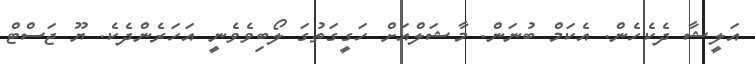
އަލީޝާ ދެކެހެން. އެކަމް ބުނަން. މާޝަލްއަށް ހަގީގަތުގަ ލޯބިވެވެނީ އަހަރެންދެކެ. ޔޫ ޖަސްޓް